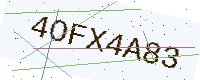
Text: 4OFX4A83